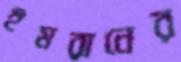
ইমরানের